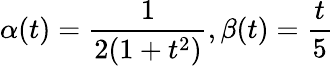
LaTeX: \alpha(t)=\frac{1}{2(1+t^{2})},\beta(t)=\frac{t}{5}